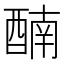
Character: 𨡯